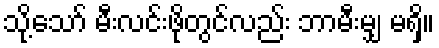
သို့သော် မီးလင်းဖိုတွင်လည်း ဘာမီးမျှ မရှိ။